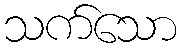
သက်သော